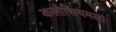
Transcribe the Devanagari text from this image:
कलोसियमला